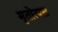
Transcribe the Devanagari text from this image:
मृतोत्पन्न